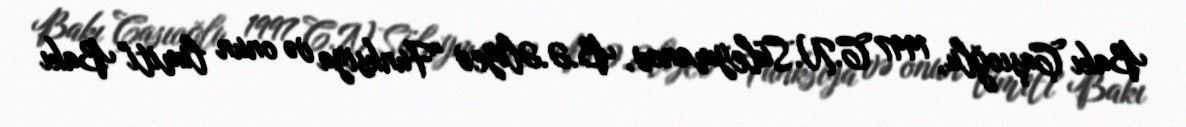
Bakı Çaşıoğlu, 1997 C.N.Süleymanov, B.Ə.Əliyev "Funksiya və onun limiti" Bakı